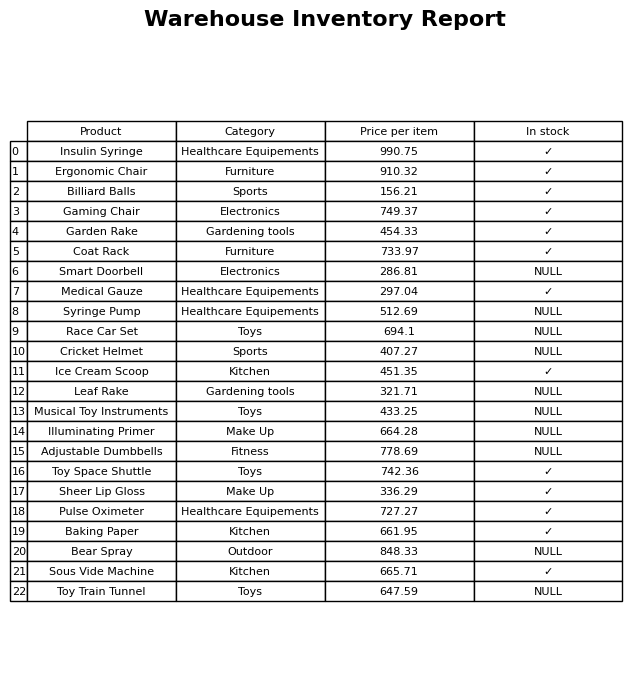
question: What is the stock status of the Baking Paper?
answer: ✓